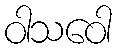
ဝါသဝေါ